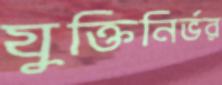
যুক্তিনির্ভর